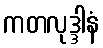
ကတလုဒ္ဒါနံ